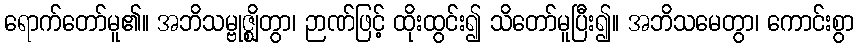
ရောက်တော်မူ၏။ အဘိသမ္ဗုဇ္ဈိတွာ၊ ဉာဏ်ဖြင့် ထိုးထွင်း၍ သိတော်မူပြီး၍။ အဘိသမေတွာ၊ ကောင်းစွာ